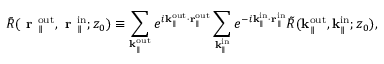
\bar { R } ( \textbf { r } _ { \parallel } ^ { \mathrm { o u t } } , \textbf { r } _ { \parallel } ^ { \mathrm { i n } } ; z _ { 0 } ) \equiv \sum _ { \mathbf { k } _ { \parallel } ^ { \mathrm { o u t } } } e ^ { i \mathbf { k } _ { \parallel } ^ { \mathrm { o u t } } \cdot \mathbf { r } _ { \parallel } ^ { \mathrm { o u t } } } \sum _ { \mathbf { k } _ { \parallel } ^ { \mathrm { i n } } } e ^ { - i \mathbf { k } _ { \parallel } ^ { \mathrm { i n } } \cdot \mathbf { r } _ { \parallel } ^ { \mathrm { i n } } } \Tilde { R } ( \mathbf { k } _ { \parallel } ^ { \mathrm { o u t } } , \mathbf { k } _ { \parallel } ^ { \mathrm { i n } } ; { z _ { 0 } } ) ,